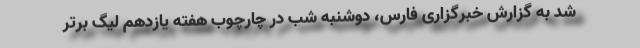
شد به گزارش خبرگزاری فارس، دوشنبه شب در چارچوب هفته یازدهم لیگ برتر